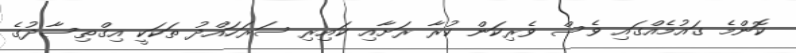
ކޮންމެ ގައުމެއްގައި ވެސް ވެރިކަން ކުރާ ރަށާއި ކައިރި ސަރަހައްދު ތަކަކީ އިގްތިސާދުގެ